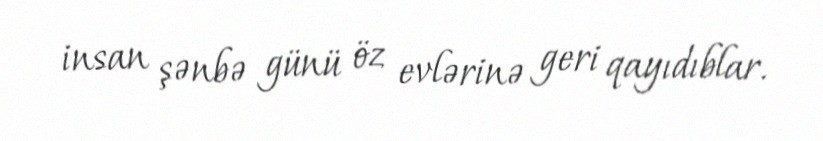
insan şənbə günü öz evlərinə geri qayıdıblar.